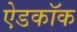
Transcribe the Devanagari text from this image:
ऐडकॉक